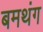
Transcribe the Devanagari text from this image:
बमथंग